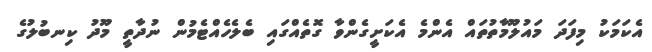
އެކަމަކު މިފަދަ މައުލޫމާތުތައް އެންމެ އެކަށީގެންވާ ގޮތެއްގައި ބެލެހެއްޓެމުން ނުދާތީ މޫދު ކިނބުލުގެ